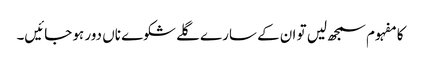
کا مفہوم سمجھ لیں تو ان کے سارے گلے شکوے ناں دور ہو جائیں۔